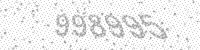
Solution: 998995